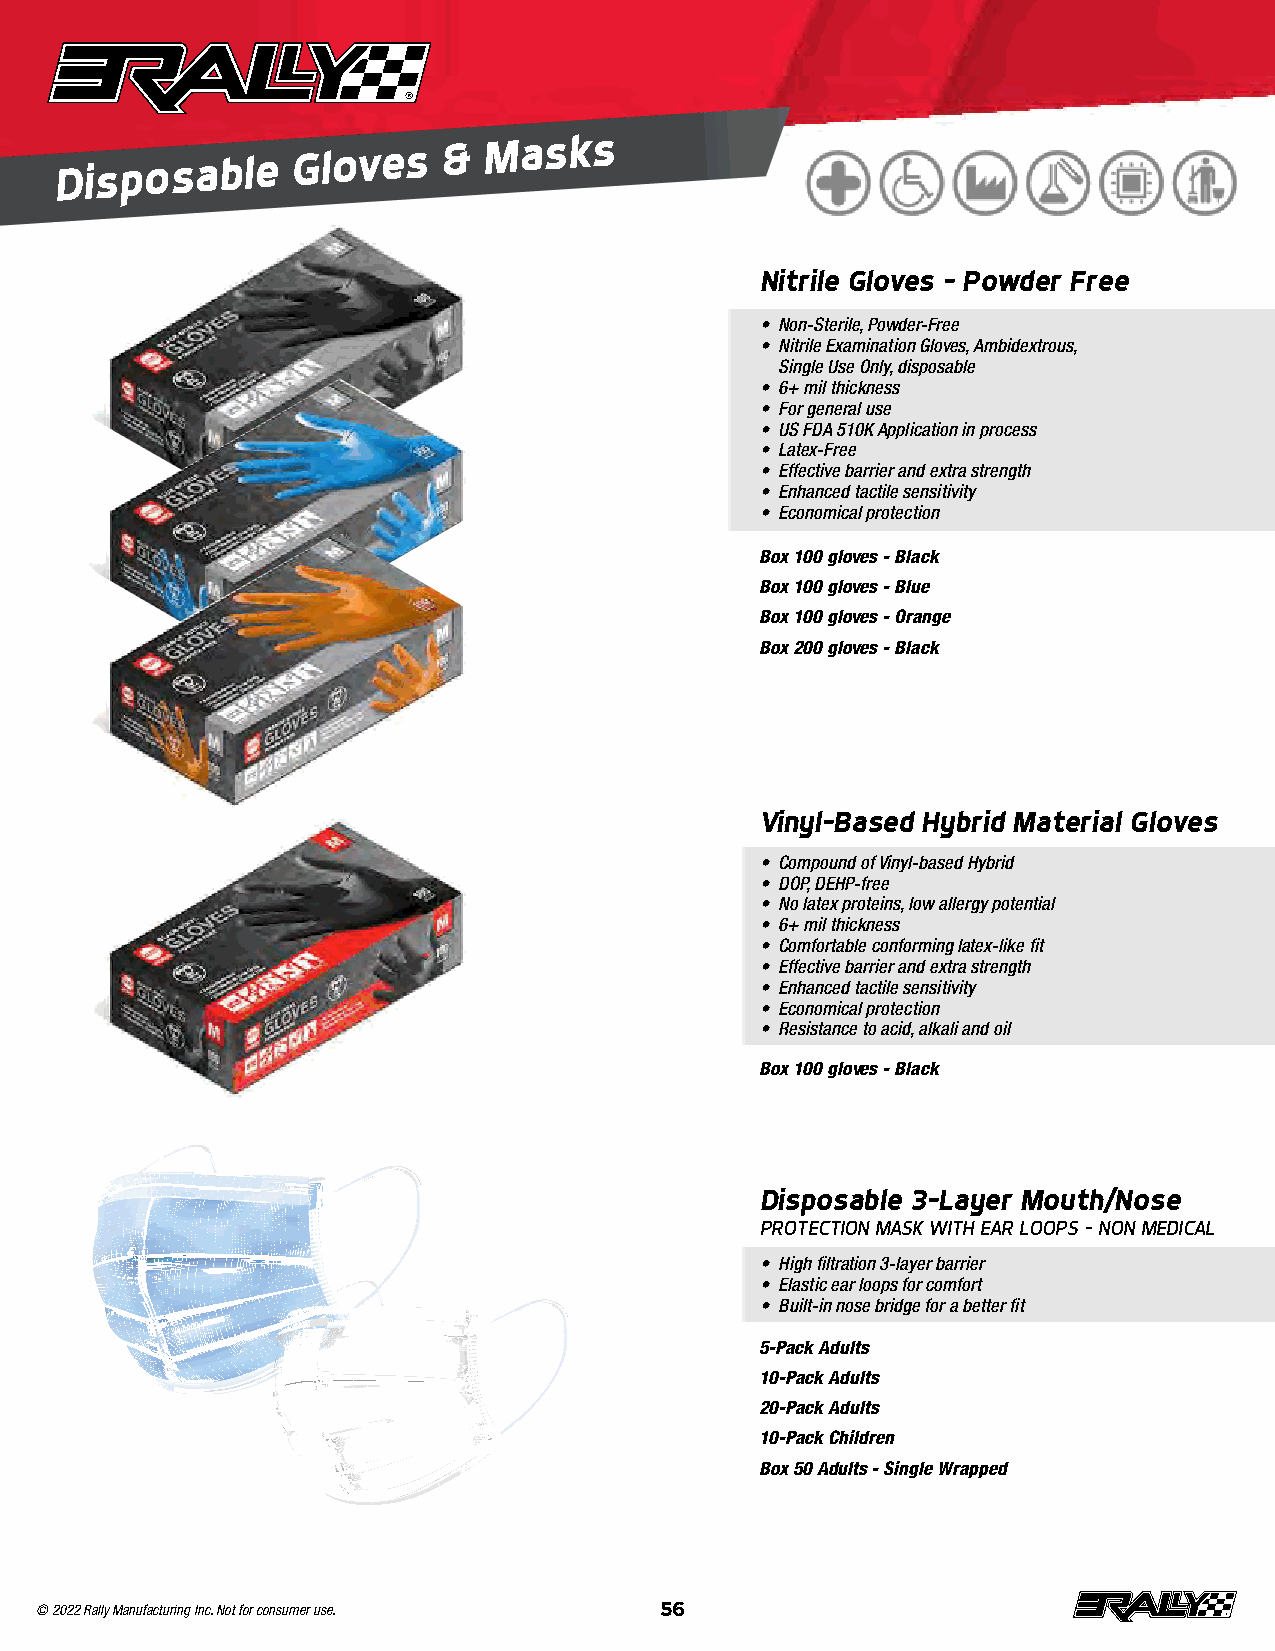
Disposable
 Gloves    &
 Masks
 Nitrile Gloves – Powder Free
 • Non-Sterile, Powder-Free
 • Nitrile Examination Gloves, Ambidextrous,
 Single Use Only, disposable
 • 6+ mil thickness
 • For general use
 • US FDA 510K Application in process
 • Latex-Free
 • Effective barrier and extra strength
 • Enhanced tactile sensitivity
 • Economical protection
 Box 100 gloves - Black
 Box 100 gloves - Blue
 Box 100 gloves - Orange
 Box 200 gloves - Black
 Vinyl-Based Hybrid Material Gloves
 • Compound of Vinyl-based Hybrid
 • DOP, DEHP-free
 • No latex proteins, low allergy potential
 • 6+ mil thickness
 • Comfortable conforming latex-like fit
 • Effective barrier and extra strength
 • Enhanced tactile sensitivity
 • Economical protection
 • Resistance to acid, alkali and oil
 Box 100 gloves - Black
 Disposable 3-Layer Mouth/Nose
 PROTECTION MASK WITH EAR LOOPS - NON MEDICAL
 • High filtration 3-layer barrier
 • Elastic ear loops for comfort
 • Built-in nose bridge for a better fit
 5-Pack Adults
 10-Pack Adults
 20-Pack Adults
 10-Pack Children
 Box 50 Adults - Single Wrapped
 © 2022 Rally Manufacturing Inc. Not for consumer use. 56